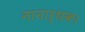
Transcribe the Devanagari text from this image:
नानार्थक।